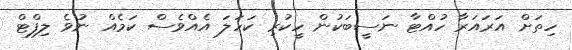
ހިތަށް އަރައަރާ ހުއްޓާ ނަސީބަކުން ހީކުރި ކަހަލަ އެއްވެސް ކަމެއް ނުވެ ލިފްޓް